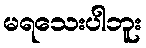
မရသေးပါဘူး